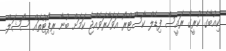
ކިއުބާގެ ކުރީގެ ރައީސް ފިޑެލް ކާސްޓްރޯ އަވަހާރަވެއްޖެ ކަމަށް ބުނާ ރިޕޯޓުތައް ސޯޝަލް